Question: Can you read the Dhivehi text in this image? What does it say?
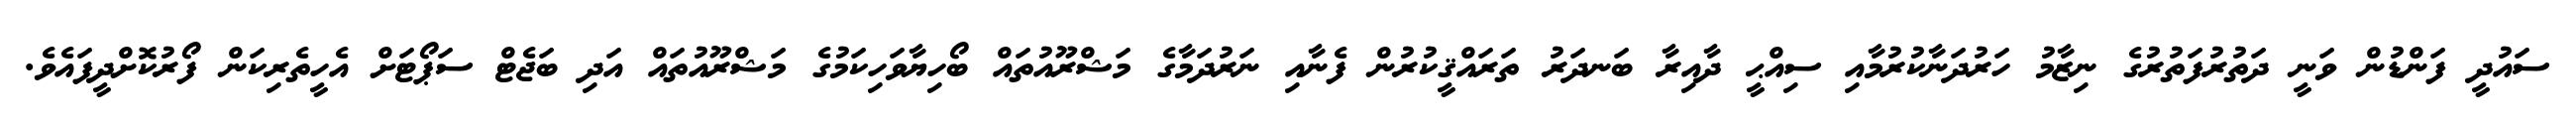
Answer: ސައުދީ ފަންޑުން ވަނީ ދަތުރުފަތުރުގެ ނިޒާމު ހަރުދަނާކުރުމާއި ސިއްޙީ ދާއިރާ ބަނދަރު ތަރައްޤީކުރުން ފެނާއި ނަރުދަމާގެ މަޝްރޫއުތައް ބޯހިޔާވަހިކަމުގެ މަޝްރޫއުތައް އަދި ބަޖެޓް ސަޕޯޓަށް އެހީތެރިކަން ފޯރުކޮށްދީފައެވެ.